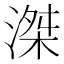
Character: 滐